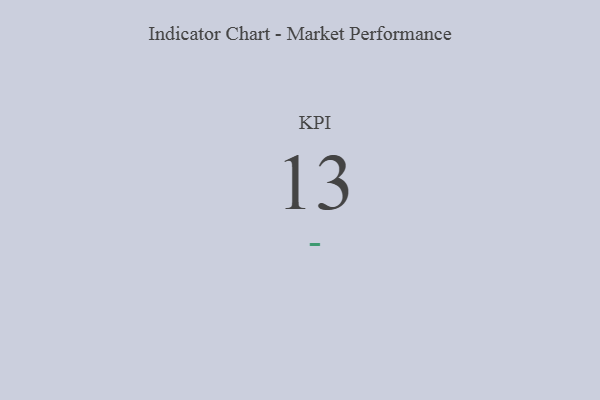
{"axis": {"x": "KPI", "y": "Value"}, "legend": [""], "data": [{"x": "KPI", "y": 13, "type": ""}]}